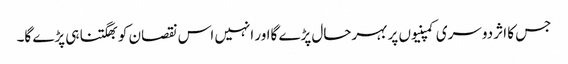
جس کا اثر دوسری کمپنیوں پر بہرحال پڑے گااور انہیں اس نقصان کو بھگتنا ہی پڑے گا۔